Indian journal of veterinary science and animal husbandry - Volume 1,
Year: 1931
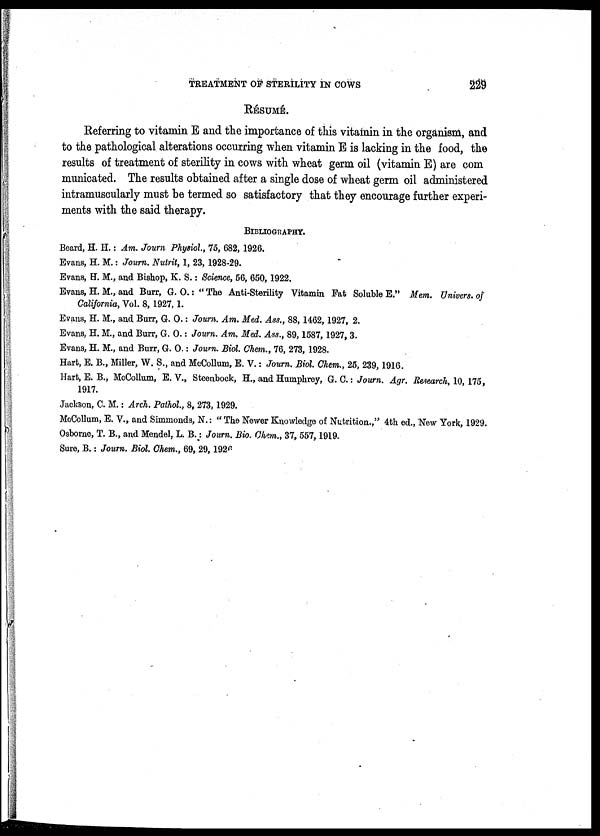
TREATMENT OF STERILITY IN COWS
229
RÉSUMÉ.
Referring to vitamin E and the importance of this vitamin in the organism, and
to the pathological alterations occurring when vitamin E is lacking in the food, the
results of treatment of sterility in cows with wheat germ oil (vitamin E) are com
municated. The results obtained after a single dose of wheat germ oil administered
intramuscularly must be termed so satisfactory that they encourage further experi-
ments with the said therapy.
BIBLIOGRAPHY.
Beard, H. H.: Am. Journ Physiol., 75, 682, 1926.
Evans, H. M.: Journ. Nutrit, 1, 23, 1928-29.
Evans, H. M., and Bishop, K. S.: Science, 56, 650, 1922.
Evans, H. M., and Burr, G. O.: " The Anti-Sterility Vitamin Fat Soluble E." Mem. Univers. of
California, Vol. 8, 1927, 1.
Evans, H. M., and Burr, G. O.: Journ. Am. Med. Ass., 88, 1462, 1927, 2.
Evans, H. M., and Burr, G. O.: Journ. Am. Med. Ass., 89, 1587, 1927, 3.
Evans, H. M., and Burr, G. O.: Journ. Biol. Chem., 76, 273, 1928.
Hart, E. B., Miller, W. S., and McCollum, E. V.: Journ. Biol. Chem., 25, 239, 1916.
Hart, E. B., McCollum, E. V., Steenbock, H., and Humphrey, G. C.: Journ. Agr. Research, 10, 175,
1917.
Jackson, C. M.: Arch. Pathol., 8, 273, 1929.
McCollum, E. V., and Simmonds, N.: " The Newer Knowledge of Nutrition.," 4th ed., New York, 1929.
Osborne, T. B., and Mendel, L. B.: Journ. Bio. Chem., 37, 557, 1919.
Sure, B.: Journ. Biol. Chem., 69, 29, 1926